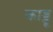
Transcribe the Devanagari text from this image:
काड्डू